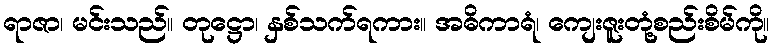
ရာဇာ၊ မင်းသည်။ တုဋ္ဌော၊ နှစ်သက်ရကား။ အဓိကာရံ၊ ကျေးဇူးတုံ့စည်းစိမ်ကို။